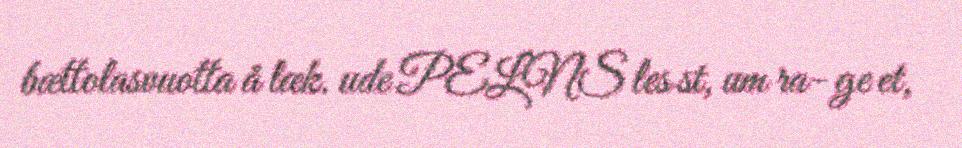
bættolasvuotta å læk. ude PELNS les st, um ra- ge et,